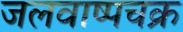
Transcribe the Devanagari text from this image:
जलवाष्पचक्र